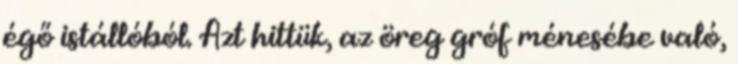
égő istállóból. Azt hittük, az öreg gróf ménesébe való,